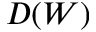
D ( W )